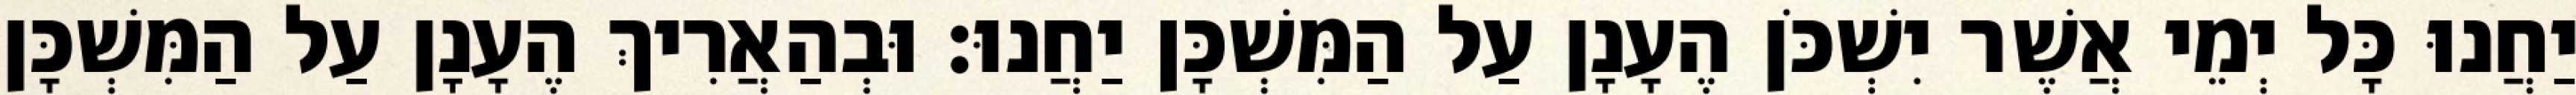
יַחֲנוּ כָּל יְמֵי אֲשֶׁר יִשְׁכֹּן הֶעָנָן עַל הַמִּשְׁכָּן יַחֲנוּ׃ וּבְהַאֲרִיךְ הֶעָנָן עַל הַמִּשְׁכָּן